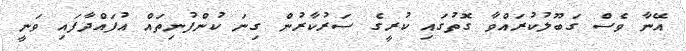
އޭނާ ވެސް ގަބޫލުކުރައްވާ ގޮތުގައި ކުރީގެ ސަރުކާރުން ގިނަ ކުންފުނިތައް އުފައްދާފައި ވަނީ